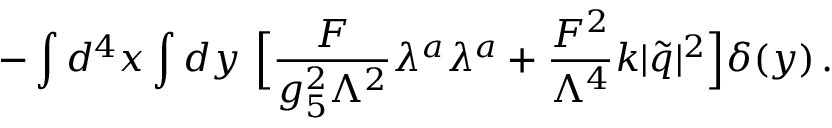
- \int d ^ { 4 } x \int d y \, \, \Big [ \frac { F } { g _ { 5 } ^ { 2 } \Lambda ^ { 2 } } \lambda ^ { a } \lambda ^ { a } + \frac { F ^ { 2 } } { \Lambda ^ { 4 } } k | { \widetilde q } | ^ { 2 } \Big ] \delta ( y ) \, .